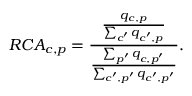
R C A _ { c , p } = \frac { \frac { q _ { c , p } } { \sum _ { c ^ { \prime } } q _ { c ^ { \prime } , p } } } { \frac { \sum _ { p ^ { \prime } } q _ { c , p ^ { \prime } } } { \sum _ { c ^ { \prime } , p ^ { \prime } } q _ { c ^ { \prime } , p ^ { \prime } } } } .